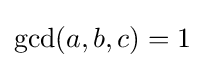
\gcd(a,b,c)=1